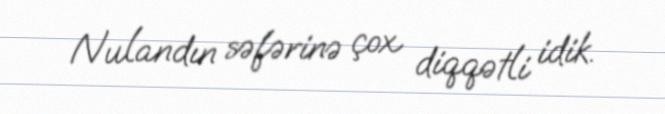
Nulandın səfərinə çox diqqətli idik.